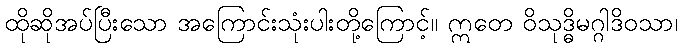
ထိုဆိုအပ်ပြီးသော အကြောင်းသုံးပါးတို့ကြောင့်။ ဣတေ ဝိသုဒ္ဓိမဂ္ဂါဒိဝသာ၊